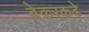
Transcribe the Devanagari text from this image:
बेकरकडे